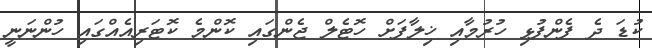
ކުޑަ ދެ ފެންފުޅި ހުރުމާއި ޚިލާފަށް ހޮޓެލް ޖެންގައި ކޮންމެ ކޮޓަރިއެއްގައި ހުންނަނީ